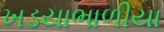
ખડયાભાળીયા